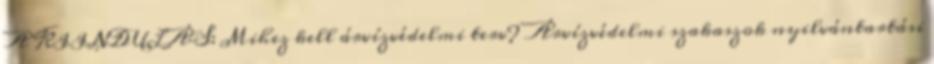
A KIINDULÁS: Mihez kell árvízvédelmi terv? Árvízvédelmi szakaszok nyilvántartási